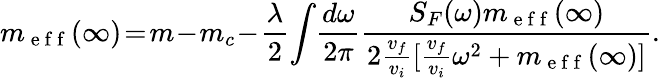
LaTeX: m_{\mathrm{~e~f~f~}}(\infty)\! =\! m\! -\! m_{c}\! -\! \frac{\lambda}{2}\! \int\! \frac{d\omega}{2\pi}\frac{S_{F}(\omega)m_{\mathrm{~e~f~f~}}(\infty)}{2\frac{v_{f}}{v_{i}}[\frac{v_{f}}{v_{i}}\omega^{2}+m_{\mathrm{~e~f~f~}}(\infty)]}.